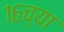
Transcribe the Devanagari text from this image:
१६च्या